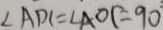
\angle A D C = \angle A O C = 9 0 ^ { \circ }